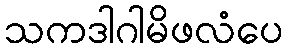
သကဒါဂါမိဖလံပေ